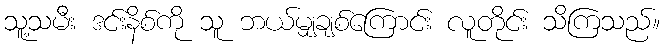
သူ့သမီး ဒင်းနိစ်ကို သူ ဘယ်မျှချစ်ကြောင်း လူတိုင်း သိကြသည်။